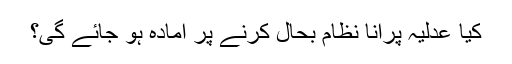
کیا عدلیہ پرانا نظام بحال کرنے پر آمادہ ہو جائے گی؟